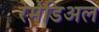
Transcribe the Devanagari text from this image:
रेमेडिअल